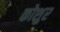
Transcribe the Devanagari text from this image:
कोशुर